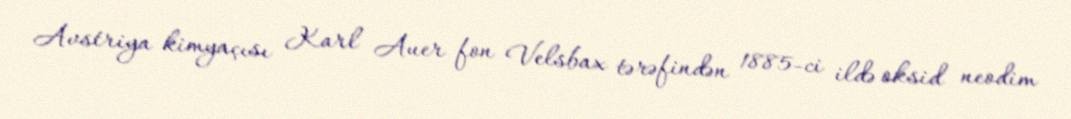
Avstriya kimyaçısı Karl Auer fon Velsbax tərəfindən 1885-ci ildə oksid neodim